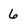
Character: 6